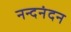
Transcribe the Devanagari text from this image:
नन्दनंदन